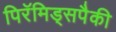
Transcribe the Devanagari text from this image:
पिरॅमिड्सपैकी